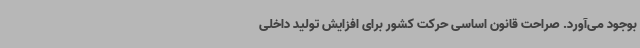
بوجود می‌آورد. صراحت قانون اساسی حرکت کشور برای افزایش تولید داخلی